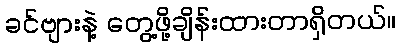
ခင်ဗျားနဲ့ တွေ့ဖို့ချိန်းထားတာရှိတယ်။